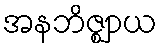
အနဘိဇ္ဈာယ